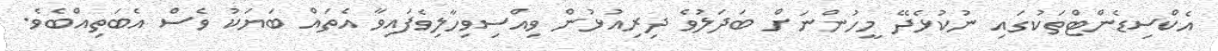
އެކްސިޑެންޓްތަކުގައި ނުކުޅެދޭ މީހުންނަށް ބަދަލުވެ ދިރިއުޅުން ވިއްސިވިހާލިވެފައިވާ އެތައް ބަޔަކު ވެސް އެބަތިއްބެވެ.